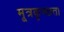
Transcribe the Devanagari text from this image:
मूत्रकृच्छता